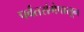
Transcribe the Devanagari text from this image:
पर्वतरांगेपासून